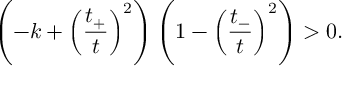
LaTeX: \left( - k + \left( \frac { t _ { + } } { t } \right) ^ { 2 } \right) \left( 1 - \left( \frac { t _ { - } } { t } \right) ^ { 2 } \right) > 0 .